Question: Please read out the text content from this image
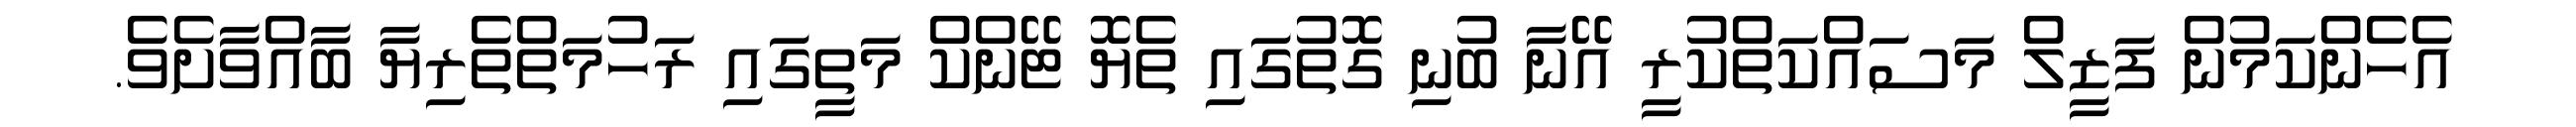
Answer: އެހެންކަމުން ފަޒީލް މަސައްކަތްކުރީ އޭނާ ބުނި ގޮތުގައި ތެޔޮ ޓޭންކް މަތީގައި ރަހުމަތްތެރިޔާ ބާއްވާށެވެ.